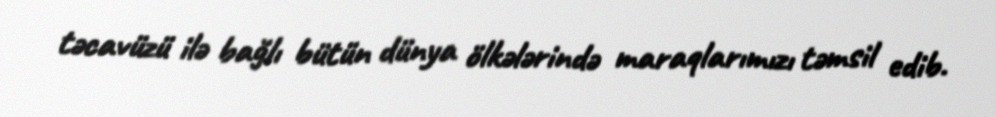
təcavüzü ilə bağlı bütün dünya ölkələrində maraqlarımızı təmsil edib.